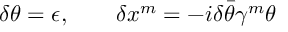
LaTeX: \delta \theta = \epsilon , \qquad \delta x ^ { m } = - i \delta \bar { \theta } \gamma ^ { m } \theta